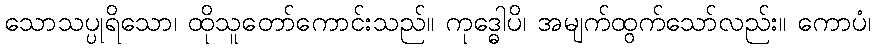
သောသပ္ပုရိသော၊ ထိုသူတော်ကောင်းသည်။ ကုဒ္ဓေါပိ၊ အမျက်ထွက်သော်လည်း။ ကောပံ၊